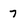
Character: 7